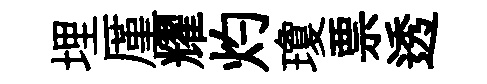
埋厪耀灼瓊票透